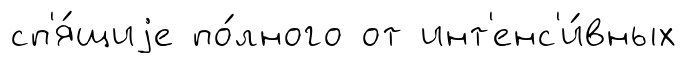
сп'я́щиjе по́лного от инт'енс'и́вных